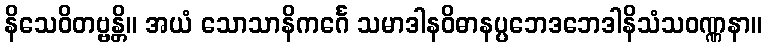
နိသေဝိတဗ္ဗန္တိ။ အယံ သောသာနိကင်္ဂေ သမာဒါနဝိဓာနပ္ပဘေဒဘေဒါနိသံသဝဏ္ဏနာ။